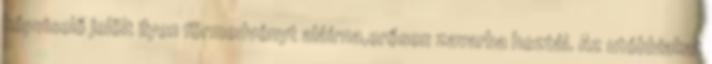
képviselő jelölt ilyen förmedvényt aláírna,erősen zavarba hoztál. Az utóbbiakat